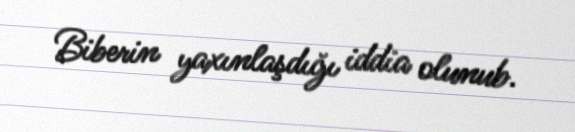
Biberin yaxınlaşdığı iddia olunub.